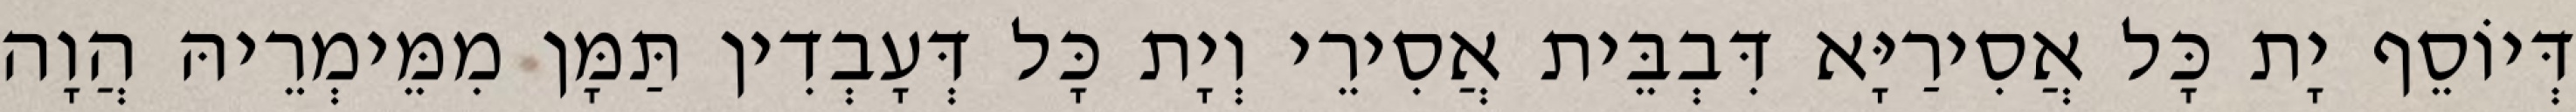
דְּיוֹסֵף יָת כָּל אֲסִירַיָּא דִּבְבֵּית אֲסִירֵי וְיָת כָּל דְּעָבְדִין תַּמָּן מִמֵּימְרֵיהּ הֲוָה